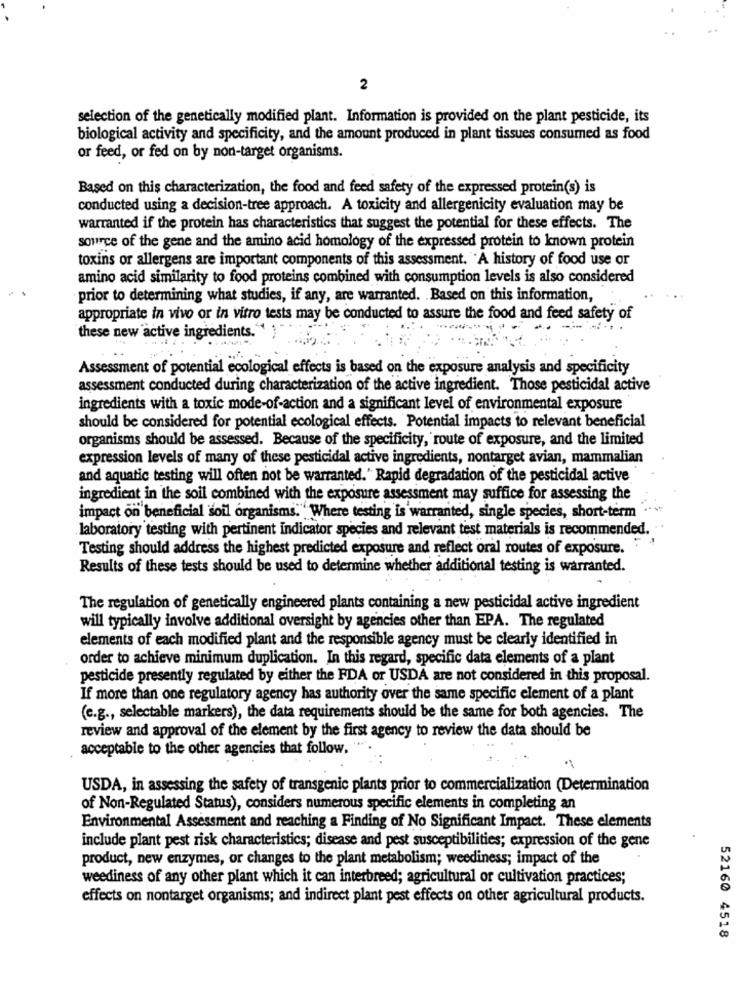
2
selection of the genetically modified plant. Information is provided on the plant pesticide, its
biological activity and specificity, and the amount produced in plant tissues consumed as food
or feed, or fed on by non-target organisms.
Based on this characterization, the food and feed safety of the expressed protein(s) is
conducted using a decision-tree approach. A toxicity and allergenicity evaluation may be
warranted if the protein has characteristics that suggest the potential for these effects. The
source of the gene and the amino acid homology of the expressed protein to known protein
toxins or allergens are important components of this assessment. A history of food use or
amino acid similarity to food proteins combined with consumption levels is also considered
prior to determining what studies, if any, are warranted. Based on this information,
appropriate in vivo or in vitro tests may be conducted to assure the food and feed safety of
these new active ingredients."
Assessment of potential ecological effects is based on the exposure analysis and specificity
assessment conducted during characterization of the active ingredient. Those pesticidal active
ingredients with a toxic mode-of-action and a significant level of environmental exposure
should be considered for potential ecological effects. Potential impacts to relevant beneficial
organisms should be assessed. Because of the specificity, route of exposure, and the limited
expression levels of many of these pesticidal active ingredients, nontarget avian, mammalian
and aquatic testing will often not be warranted." Rapid degradation of the pesticidal active
ingredient in the soil combined with the exposure assessment may suffice for assessing the
impact on beneficial soil organisms." Where testing is warranted, single species, short-term
laboratory testing with pertinent indicator species and relevant test materials is recommended.
Testing should address the highest predicted exposure and reflect oral routes of exposure.
Results of these tests should be used to determine whether additional testing is warranted.
The regulation of genetically engineered plants containing a new pesticidal active ingredient
will typically involve additional oversight by agencies other than EPPA. The regulated
elements of each modified plant and the responsible agency must be clearly identified in
order to achieve minimum duplication. In this regard, specific data elements of a plant
pesticide presently regulated by either the FDA or USDA are not considered in this proposal.
If more than one regulatory agency has authority over the same specific element of a plant
(e.g ., selectable markers), the data requirements should be the same for both agencies. The
review and approval of the element by the first agency to review the data should be
acceptable to the other agencies that follow.
USDA, in assessing the safety of transgenic plants prior to commercialization (Determination
of Non-Regulated Status), considers numerous specific elements in completing an
Environmental Assessment and reaching a Finding of No Significant Impact. These elements
include plant pest risk characteristics; disease and pest susceptibilities; expression of the gene
product, new enzymes, or changes to the plant metabolism; weediness; impact of the
weediness of any other plant which it can interbreed; agricultural or cultivation practices;
effects on nontarget organisms; and indirect plant pest effects on other agricultural products.
52160 4518